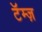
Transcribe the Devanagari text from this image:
टॅम्ज़